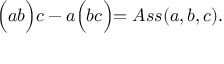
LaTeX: \Bigl ( a b \Bigl ) c - a \Bigl ( b c \Bigl ) = A s s ( a , b , c ) .